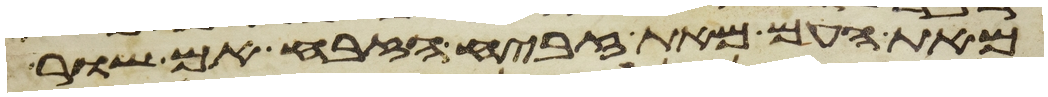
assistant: מאת העם מאת זבחי הזבח אם שור